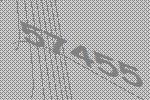
57455